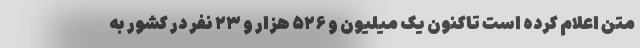
متن اعلام کرده است تاکنون یک میلیون و ۵۲۶ هزار و ۲۳ نفر در کشور به